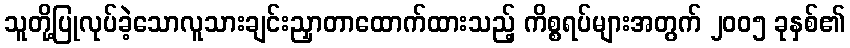
သူတို့ပြုလုပ်ခဲ့သောလူသားချင်းညှာတာထောက်ထားသည့် ကိစ္စရပ်များအတွက် ၂၀၀၅ ခုနှစ်၏